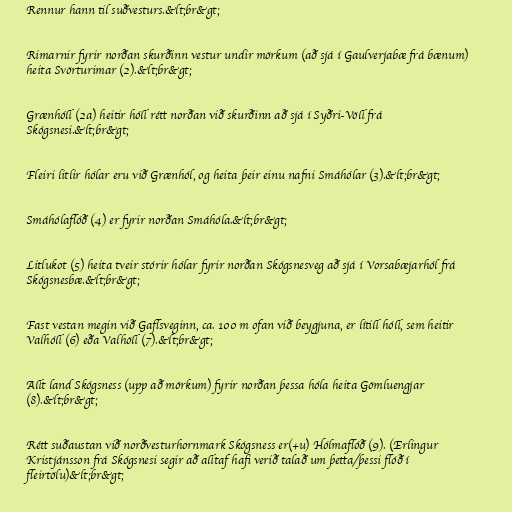
Rennur hann til suðvesturs.&lt;br&gt;

Rimarnir fyrir norðan skurðinn vestur undir mörkum (að sjá í Gaulverjabæ frá bænum)
heita Svörturimar (2).&lt;br&gt;

Grænhóll (2a) heitir hóll rétt norðan við skurðinn að sjá í Syðri-Völl frá
Skógsnesi.&lt;br&gt;

Fleiri litlir hólar eru við Grænhól, og heita þeir einu nafni Smáhólar (3).&lt;br&gt;

Smáhólaflóð (4) er fyrir norðan Smáhóla.&lt;br&gt;

Litlukot (5) heita tveir stórir hólar fyrir norðan Skógsnesveg að sjá í Vorsabæjarhól frá
Skógsnesbæ.&lt;br&gt;

Fast vestan megin við Gaflsveginn, ca. 100 m ofan við beygjuna, er lítill hóll, sem heitir
Valhóll (6) eða Valhöll (7).&lt;br&gt;

Allt land Skógsness (upp að mörkum) fyrir norðan þessa hóla heita Gömluengjar
(8).&lt;br&gt;

Rétt suðaustan við norðvesturhornmark Skógsness er(+u) Hólmaflóð (9). (Erlingur
Kristjánsson frá Skógsnesi segir að alltaf hafi verið talað um þetta/þessi flóð í
fleirtölu)&lt;br&gt;